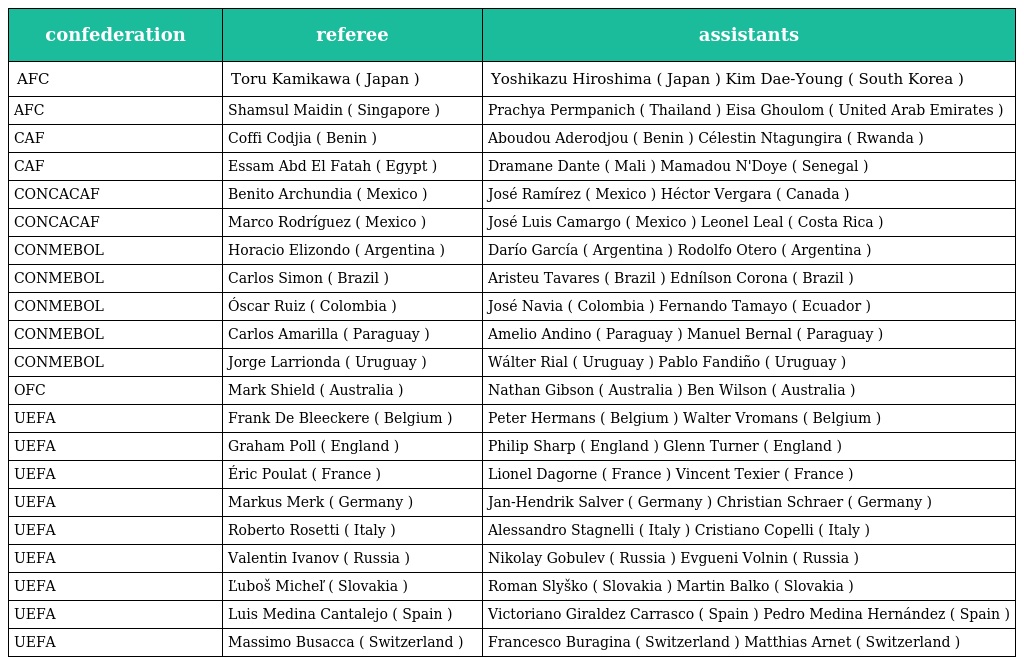
| confederation | referee | assistants |
 | --- | --- | --- |
 | AFC | Toru Kamikawa ( Japan ) | Yoshikazu Hiroshima ( Japan ) Kim Dae-Young ( South Korea ) |
 | AFC | Shamsul Maidin ( Singapore ) | Prachya Permpanich ( Thailand ) Eisa Ghoulom ( United Arab Emirates ) |
 | CAF | Coffi Codjia ( Benin ) | Aboudou Aderodjou ( Benin ) Célestin Ntagungira ( Rwanda ) |
 | CAF | Essam Abd El Fatah ( Egypt ) | Dramane Dante ( Mali ) Mamadou N'Doye ( Senegal ) |
 | CONCACAF | Benito Archundia ( Mexico ) | José Ramírez ( Mexico ) Héctor Vergara ( Canada ) |
 | CONCACAF | Marco Rodríguez ( Mexico ) | José Luis Camargo ( Mexico ) Leonel Leal ( Costa Rica ) |
 | CONMEBOL | Horacio Elizondo ( Argentina ) | Darío García ( Argentina ) Rodolfo Otero ( Argentina ) |
 | CONMEBOL | Carlos Simon ( Brazil ) | Aristeu Tavares ( Brazil ) Ednílson Corona ( Brazil ) |
 | CONMEBOL | Óscar Ruiz ( Colombia ) | José Navia ( Colombia ) Fernando Tamayo ( Ecuador ) |
 | CONMEBOL | Carlos Amarilla ( Paraguay ) | Amelio Andino ( Paraguay ) Manuel Bernal ( Paraguay ) |
 | CONMEBOL | Jorge Larrionda ( Uruguay ) | Wálter Rial ( Uruguay ) Pablo Fandiño ( Uruguay ) |
 | OFC | Mark Shield ( Australia ) | Nathan Gibson ( Australia ) Ben Wilson ( Australia ) |
 | UEFA | Frank De Bleeckere ( Belgium ) | Peter Hermans ( Belgium ) Walter Vromans ( Belgium ) |
 | UEFA | Graham Poll ( England ) | Philip Sharp ( England ) Glenn Turner ( England ) |
 | UEFA | Éric Poulat ( France ) | Lionel Dagorne ( France ) Vincent Texier ( France ) |
 | UEFA | Markus Merk ( Germany ) | Jan-Hendrik Salver ( Germany ) Christian Schraer ( Germany ) |
 | UEFA | Roberto Rosetti ( Italy ) | Alessandro Stagnelli ( Italy ) Cristiano Copelli ( Italy ) |
 | UEFA | Valentin Ivanov ( Russia ) | Nikolay Gobulev ( Russia ) Evgueni Volnin ( Russia ) |
 | UEFA | Ľuboš Micheľ ( Slovakia ) | Roman Slyško ( Slovakia ) Martin Balko ( Slovakia ) |
 | UEFA | Luis Medina Cantalejo ( Spain ) | Victoriano Giraldez Carrasco ( Spain ) Pedro Medina Hernández ( Spain ) |
 | UEFA | Massimo Busacca ( Switzerland ) | Francesco Buragina ( Switzerland ) Matthias Arnet ( Switzerland ) |